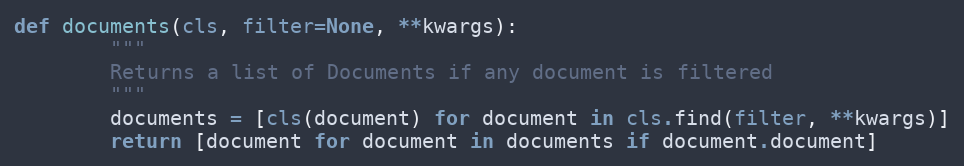
Language: Python
def documents(cls, filter=None, **kwargs):
        """
        Returns a list of Documents if any document is filtered
        """
        documents = [cls(document) for document in cls.find(filter, **kwargs)]
        return [document for document in documents if document.document]